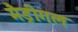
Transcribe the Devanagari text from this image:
मैड्रीगल